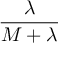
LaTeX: \frac { \lambda } { M + \lambda }